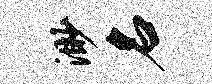
渺名